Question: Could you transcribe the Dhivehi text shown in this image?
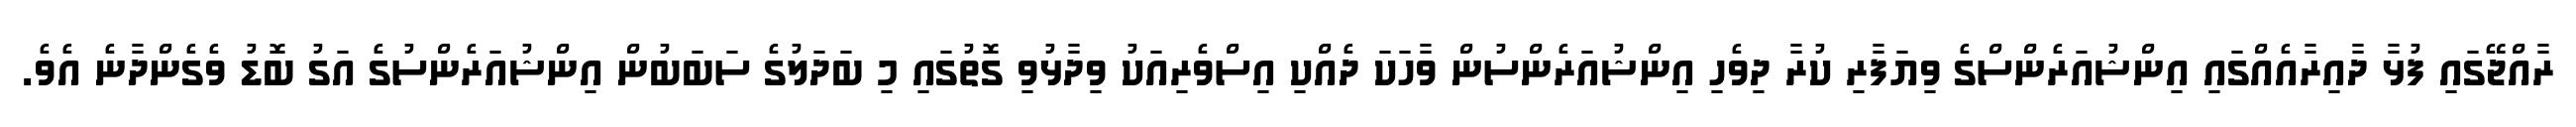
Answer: ރާއްޖޭގައި ފުޅާ ދާއިރާއެއްގައި އިންޝުއަރެންސްގެ ވިޔަފާރި ކުރާ ދިވެހި އިންޝުއަރެންސުން ވާހަކަ ދެއްކި އިސްވެރިއަކު ވިދާޅުވި ގޮތުގައި މި ބަދަލުގެ ސަބަބުން އިންޝުއަރެންސުގެ އަގު ބޮޑު ވެގެންދާނެ އެވެ.